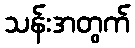
သန်းအတွက်